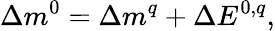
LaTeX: \Delta m^{0}=\Delta m^{q}+\Delta E^{0,q},